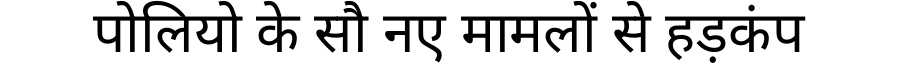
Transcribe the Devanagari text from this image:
पोलियो के सौ नए मामलों से हड़कंप